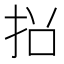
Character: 𭠡